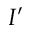
I ^ { \prime }